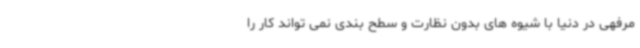
مرفهی در دنیا با شیوه های بدون نظارت و سطح بندی نمی ‌تواند کار را